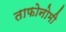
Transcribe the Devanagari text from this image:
ताफोनोमी